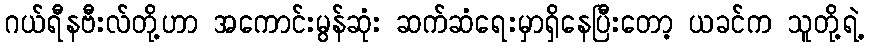
ဂယ်ရီနဗီးလ်တို့ဟာ အကောင်းမွန်ဆုံး ဆက်ဆံရေးမှာရှိနေပြီးတော့ ယခင်က သူတို့ရဲ့